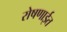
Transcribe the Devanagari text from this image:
रोषणाईत